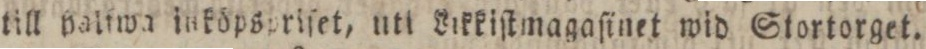
till paltwa inköpspriſet, utt Vikkiſtmagaſinet wid Stortorget.